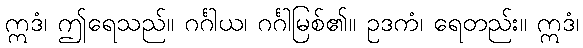
ဣဒံ၊ ဤရေသည်။ ဂင်္ဂါယ၊ ဂင်္ဂါမြစ်၏။ ဥဒကံ၊ ရေတည်း။ ဣဒံ၊